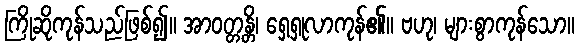
ကြိုဆိုကုန်သည်ဖြစ်၍။ အာဝတ္တန္တိ၊ ရှေ့ရှုလာကုန်၏။ ဗဟု၊ များစွာကုန်သော။